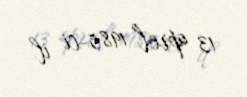
13 aprel 1985-ci il